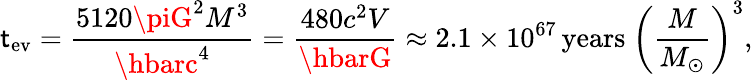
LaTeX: \mathsf{t}_{\mathrm{{ev}}}={\frac{{5120\piG^{2}M^{3}}}{{\hbarc^{4}}}}={\frac{{480c^{2}V}}{{\hbarG}}}\approx2.1\times10^{67}\, {\mathrm{{years}}}\ \left({\frac{{M}}{{M_{\odot}}}}\right)^{3},